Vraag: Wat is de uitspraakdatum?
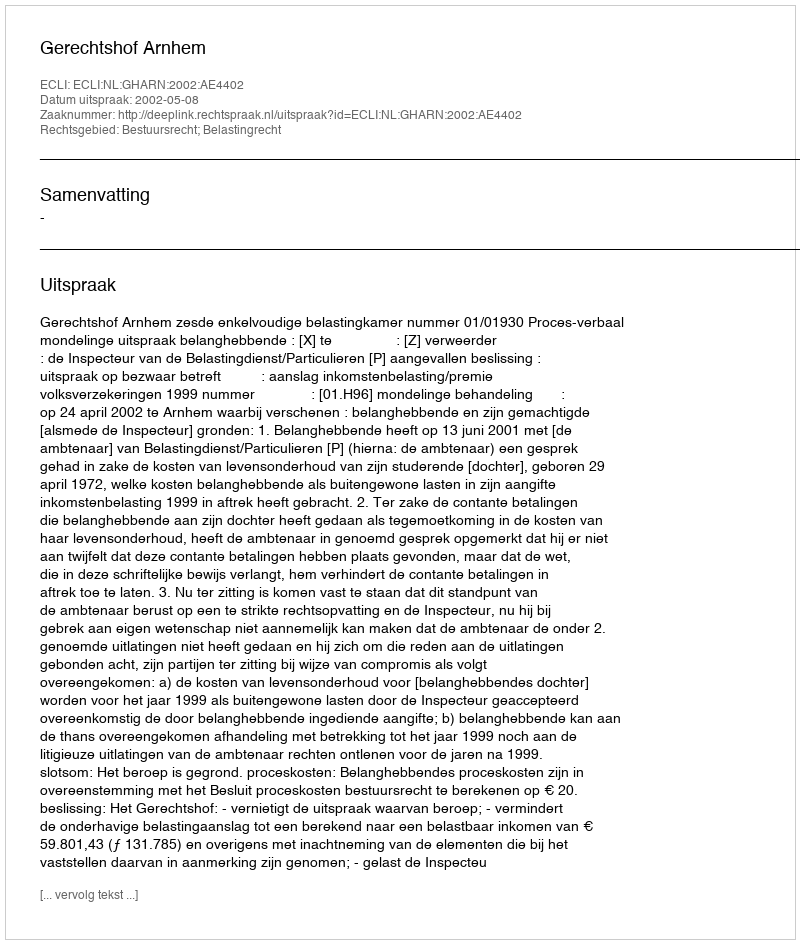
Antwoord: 2002-05-08